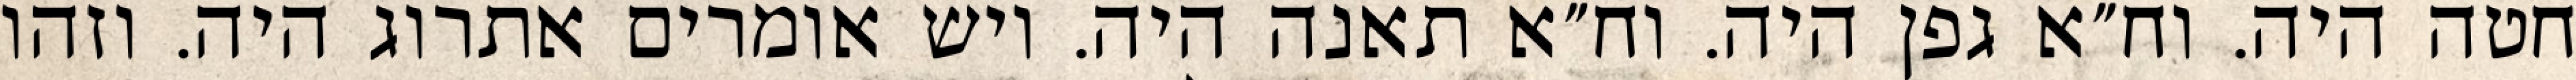
חטה היה. וח״א גפן היה. וח״א תאנה היה. ויש אומרים אתרוג היה. וזהו